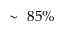
\sim ~ 8 5 \%